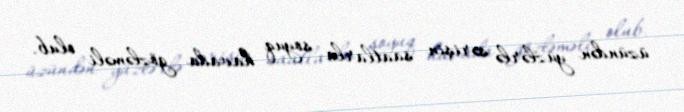
üzündən yüzlərlə sərişin saatlarla soyuq havada gözləməli olub.